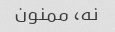
نه، ممنون